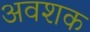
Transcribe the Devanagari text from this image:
अवशक